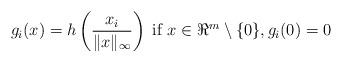
LaTeX: \begin{align*}g_i(x)=h\left({\frac{x_i}{\|x\|_{\infty}}}\right) \; \mbox{if $x\in\Re^m\setminus\{0\}$}, g_i(0) = 0\end{align*}